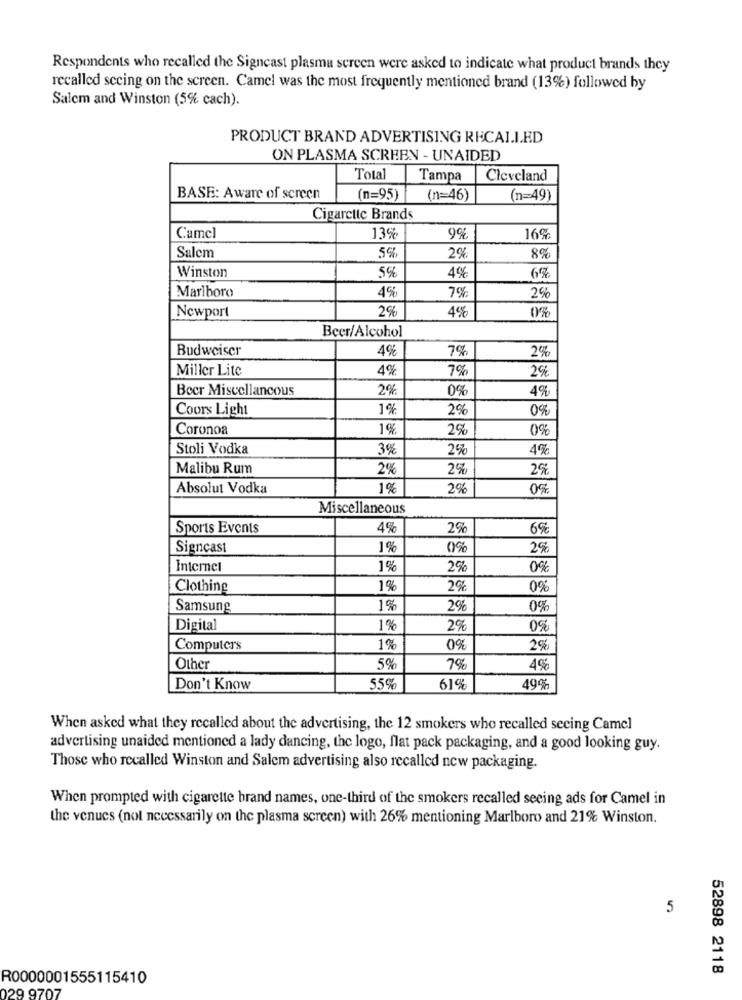
Respondents who recalled the Signcast plasma screen were asked to indicate what product brands they
recalled seeing on the screen. Camel was the most frequently mentioned brand (13%) followed by
Salem and Winston (5% cach).
PRODUCT BRAND ADVERTISING RECALLED
ON PLASMA SCREEN - UNAIDED
Total
Tampa
Cleveland
BASE: Aware of screen
(n=95)
(n=46)
(n=49)
Cigarette Brands
9%
Camel
13%
16%
Salem
5%
2%
8%
Winston
5%
4%
6%
Marlboro
4%
7%
2%
29
4%
Newport
Beer/Alcohol
Budweiser
4%
7%
2%
Miller Lite
4%
7%
2%
Beer Miscellaneous
29
0%
4%
Coors Light
1%
2%
Coronoa
1 %
2%
0%
Stoli Vodka
3%
2%
4%
Malibu Rum
29
25
2%
Absolut Vodka
1%
2%
0%
Miscellaneous
Sports Events
4%
2%
6%
Signcast
1%
0%
2%
Internet
1%
0%
Clothing
1%
2%
0%
Samsung
1%
2%
0%
Digital
1%
2%
0%
Computers
1%
0%
2%
Other
5%
7%
4%
Don't Know
55%
61%
49%
When asked what they recalled about the advertising, the 12 smokers who recalled secing Camel
advertising unaided mentioned a lady dancing, the logo, flat pack packaging, and a good looking guy.
Those who recalled Winston and Salem advertising also recalled new packaging.
When prompted with cigarette brand names, one-third of the smokers recalled seeing ads for Camel in
the venues (not necessarily on the plasma screen) with 26% mentioning Marlboro and 21% Winston.
5
52898 2118
R0000001555115410
29 9707